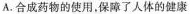
A.合成药物的使用，保障了人体的健康